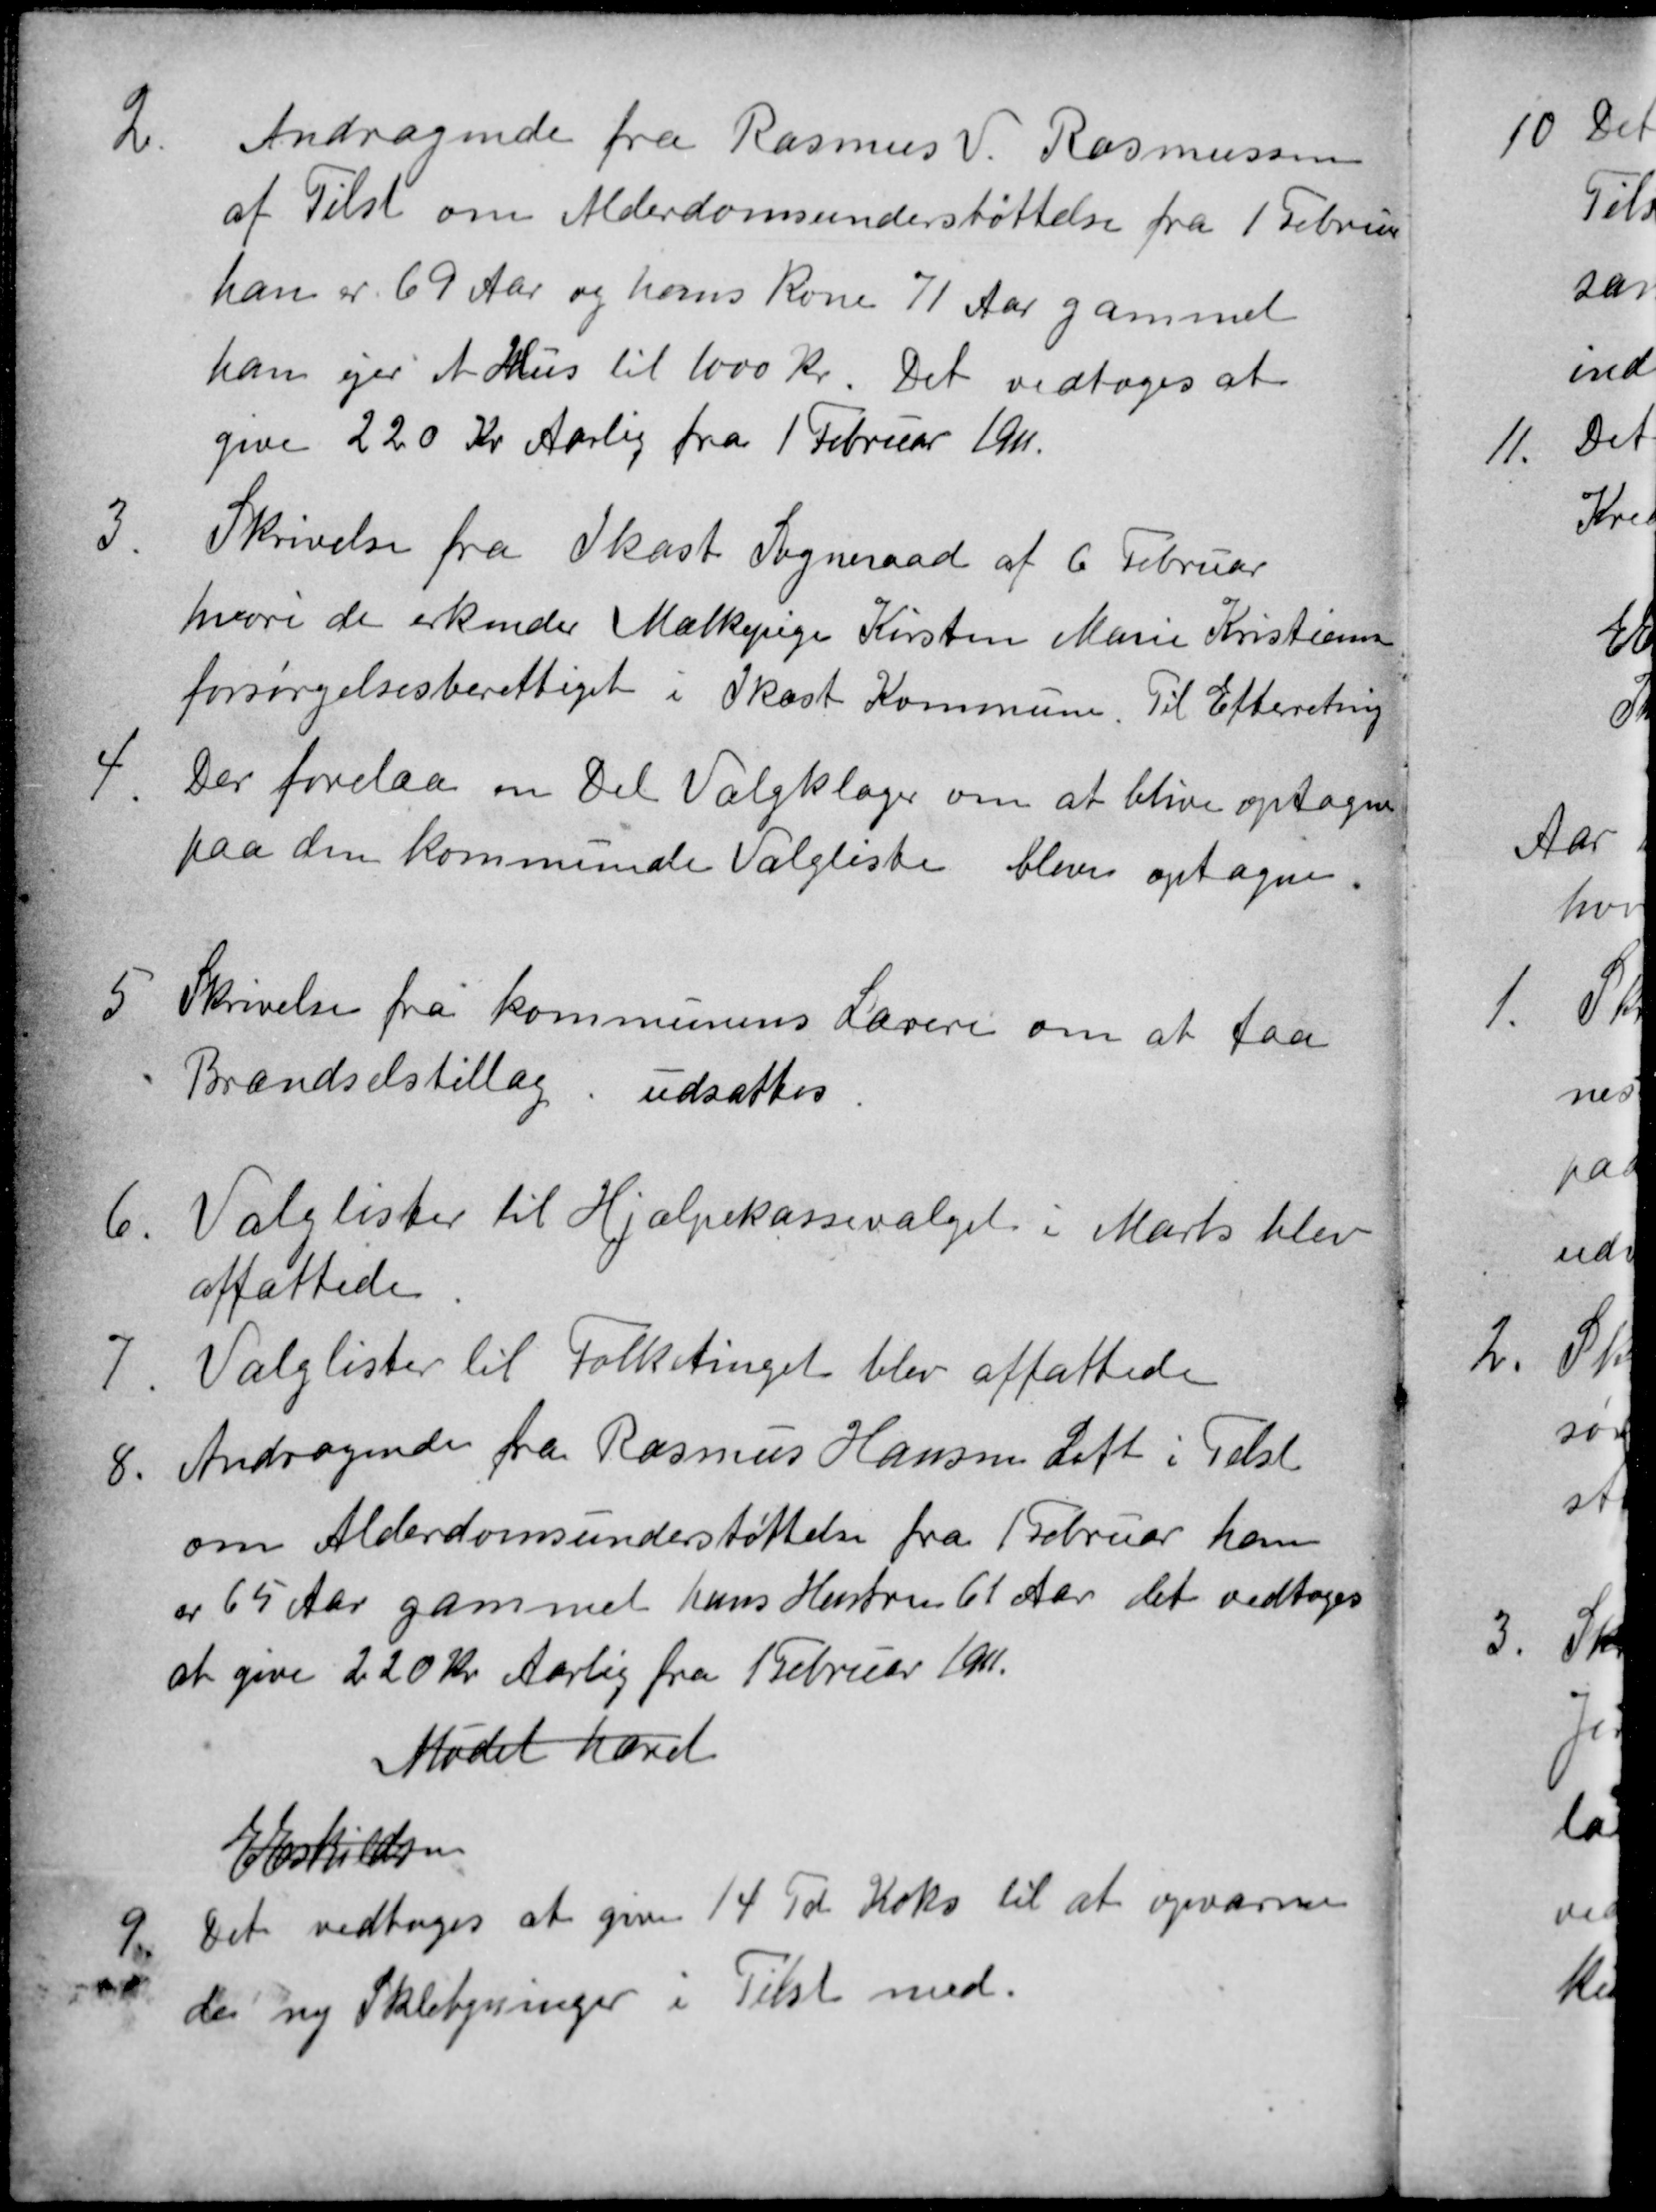
Transskription:
2.
Andragende fra Rasmus V. Rasmussen
af Tilst om Alderdomsunderstøttelse fra 1 Februar
han er 69 Aar og hans Kone 71 Aar gammel
han ejer et Hus til 1000 Kr. Det vedtoges at
give 220 Kr Aarlig fra 1 Februar 1911.
3.
Skrivelse fra Ikast Sogneraad af 6 Februar
hvori de erkender Mælkepige Kirsten Marie Kristiansen
forsørgelsesberettiget i Ikast Kommune. Til Efterretning
4.
Der forelaa en Del Valgklager om at blive optagne
paa den kommunale Valgliste bliver optagne.
5
Skrivelse fra kommunens Lærere om at faa
Brændselstillæg. udsattes.
6.
Valglister til Hjælpekassevalget i Marts blev
affattede
7.
Valglister til Folketinget blev affattede
8.
Andragende fra Rasmus Hansen Loft i Tilst
om Alderdomsunderstøttelse fra 1 Februar han
er 65 Aar gammel hans Hustru 61 Aar det vedtoges
at give 220 Kr Aarlig fra 1 Februar 1911.
Mødet hævet
E Eskildsen
9.
Det vedtoges at give 14 Td. Koks til at opvarme
de ny Skolebyninger i Tilst med.